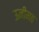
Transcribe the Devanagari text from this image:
ऊनीमठ